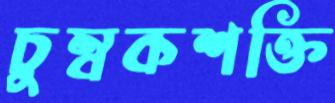
চুম্বকশক্তি